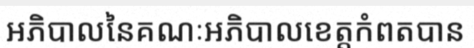
អភិបាលនៃគណៈអភិបាលខេត្តកំពតបាន